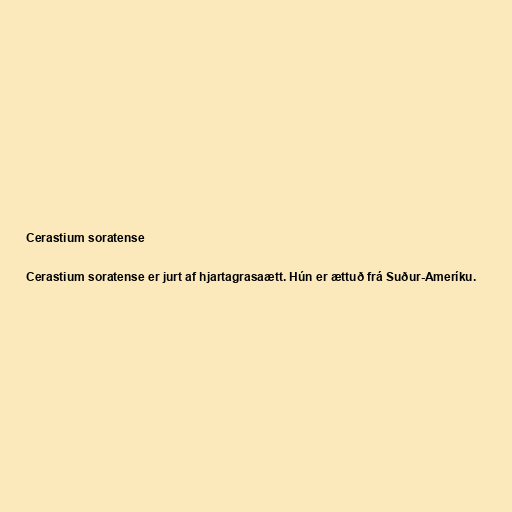
Cerastium soratense

Cerastium soratense er jurt af hjartagrasaætt. Hún er ættuð frá Suður-Ameríku.